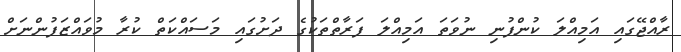
ރާއްޖޭގައި އަމިއްލަ ކުންފުނި ނުވަތަ އަމިއްލަ ފަރާތްތަކުގެ ދަށުގައި މަސައްކަތް ކުރާ މުވައްޒަފުންނަށް